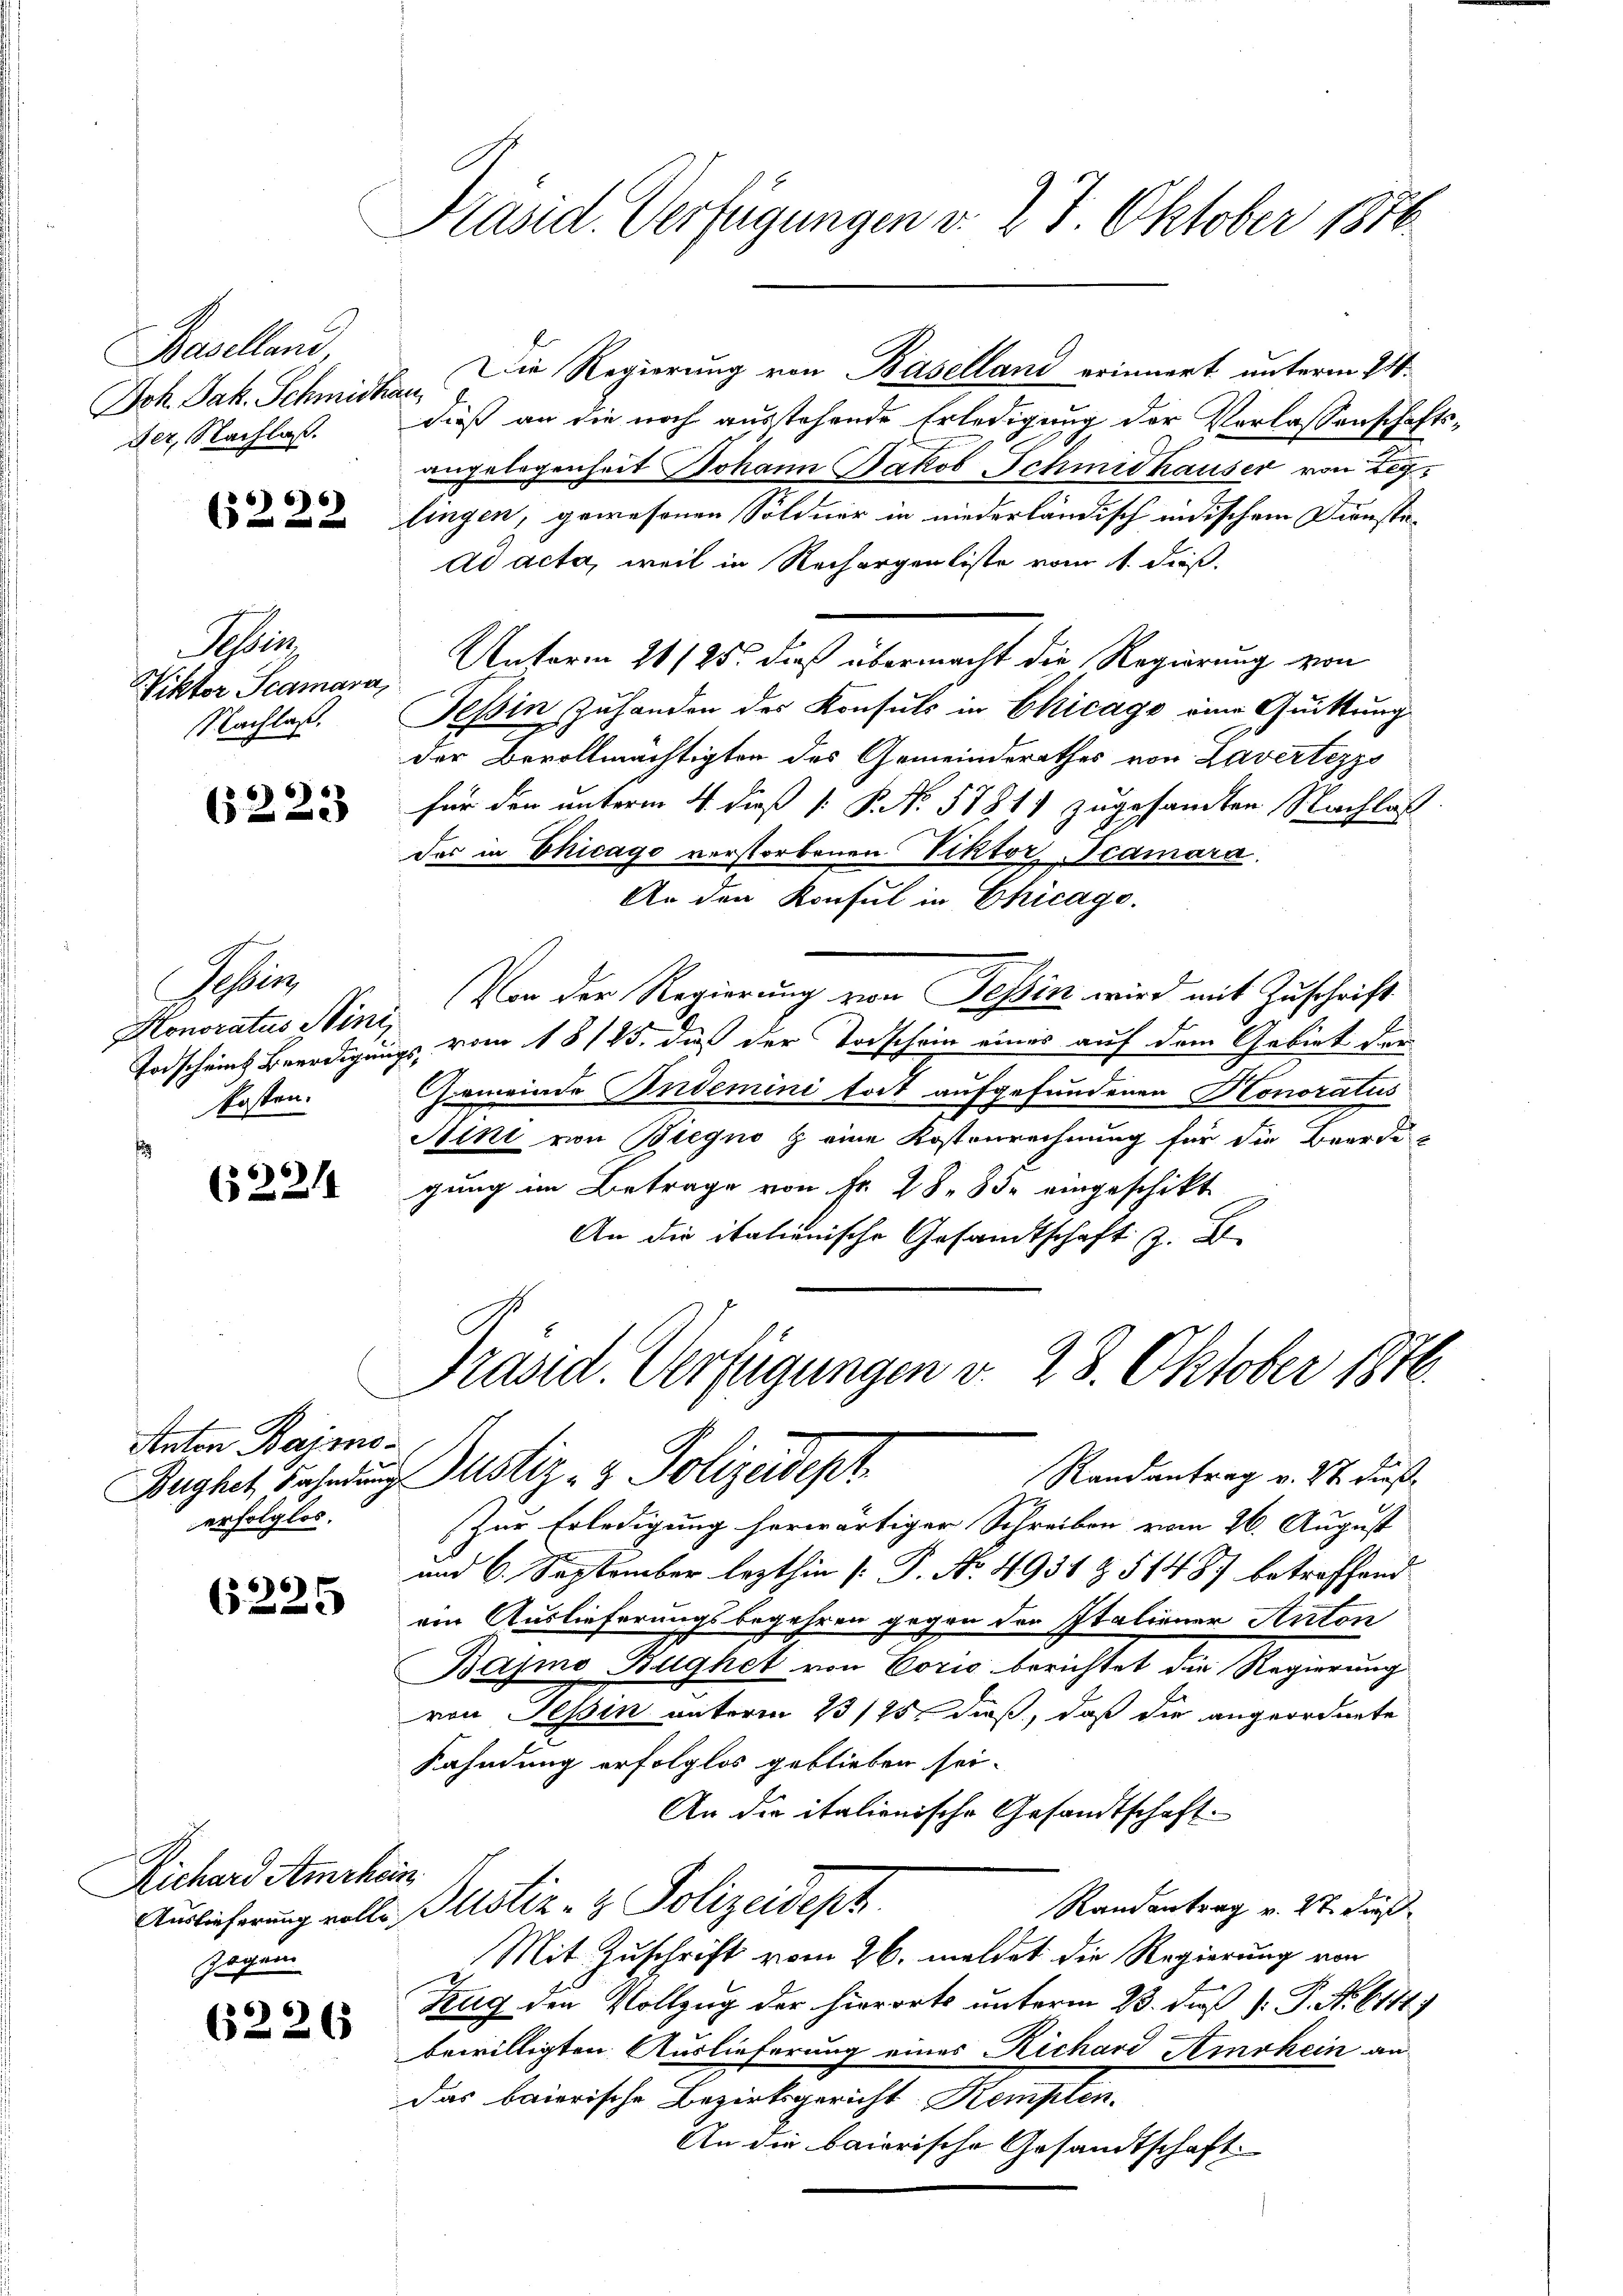
Baselland
Ich. Jak. Schmidhau
der, Nachlaß.

6222

sen
Fiktor Scamara,
Nachlaß.

6223

Ien
Honoratus Minis
Posten.

(224

Anton Bajonoerfolglos.

6225

Richard Amrhein
Gagern

6226

Präsid. Verfügungen v. 27. Oktober 1816.

dieß an die noch ausstehende Erledigung der Verlassenschaftsangelegenheit Johann Jakob Schmidhauser von Leg
lingen, gewesenen Söldner in niederländisch indischem Diensta-
ad acta, weil in Rechargenliste vom 1. dieß,
Unterm 21./25. dieß übermacht die Regierung von
Tessin Zuhanden der Konsuls in Chicago eine Quittung
der Bevollmächtigten des Gemeinderathes von Lavertezzo
für den unterm 4. dieß [ P. N. 578. 11 zugesandten Nachlas
des in Chicago verstorbenen Viktor Scamara,
An den Konsul in Chicage.
Von der Regierung von Tessin wird mit Zuschrift
Todscheins Beerdigungs vom 18/25. daß der Todschein eines auf dem Gebiet der
Gemeinde Indemini tot aufgefundenen Honoratus
Aini von Biegno & eine Kostenrechnung für die Beerdi
gung im Betrage von Fr. 28. 83. eingeschikt
An die italienische Gesandtschaft z. B.

Präsid. Verfügungen v. 28. Oktober 1876.
Randantrag v. 27. dieß
Bughet Fahndung Justiz- & Polizeidept

Zur Erledigung herwärtiger Schreiben vom 26. August
und 6. September lezthin (: P. No. 1931 & § 1487 betreffend
ein Auslieferungsbegehren gegen der Italiener Anton
Bajmo Bugnet von Corio berichtet die Regierung
von Tessin unterm 13 145, dieß, daß die angeordnete
Kahndung erfolglos geblieben sei.
An die italienische Gesandtschaft.
Randantrag v. 27. dieß
Auslieferung volle ustiz- & Polizeidept
Mit Zuschrift vom 26. meldet die Regierung von
Zug den Vollzug der hierorts unterm 23. daß P. P. No. 6114)
bewilligten Auslieferung eines Richard Amrhein an
das baierische Bezirksgericht Kempten.
An die baierische Gesandtschaft.

Die Regierung von Baselland erinnert unterm 24.